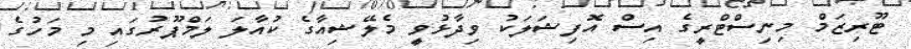
ޓޫރިޒަމް މިނިސްޓްރީގެ އިސް އޮފިޝަލަކު ވިދާޅުވީ މެލޭޝިއާގެ ކުއާލަ ލަމްޕޫރުގައި މި މަހުގެ